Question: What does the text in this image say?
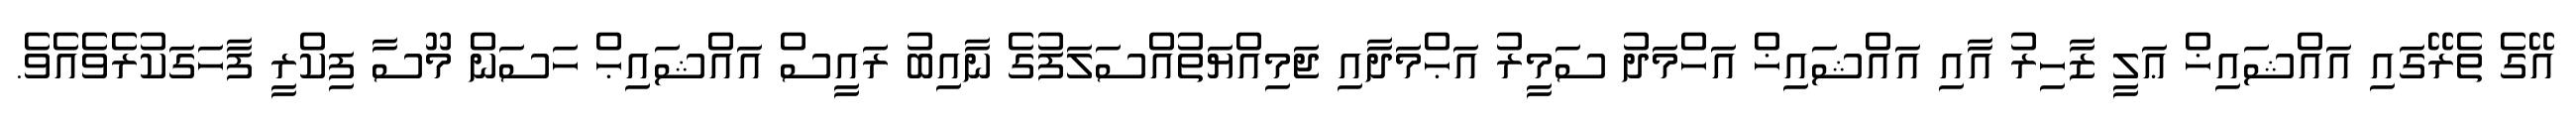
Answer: އޭގެ ތެރޭގައި އައްޝައިޚް ޢަލީ ޒާހިރު އާއި އައްޝައިޚް އަހްމަދު ސަމީރު އަޙްމަދާއި ޖަމިއްޔަތުއްސަލަފުގެ ނާއިބު ރައީސް އައްޝައިޙް ހަސަން މޫސާ ފިކްރީ ފާހަގަކުރެވެއެވެ.